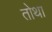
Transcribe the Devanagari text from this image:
तोथा